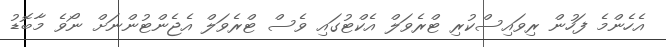
އެހެންމެ ފަހުން ރިވައިސްކުރި ޓްރެވަލް އެކްޓުގައި ވެސް ޓްރެވަލް އެޖެންޓުންނަށް ނޯވެ މާބޮޑު